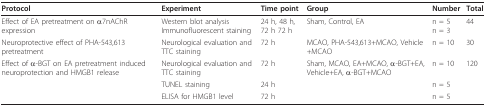
| Protocol | Experiment | Time point | Group | Number | Total |
 | --- | --- | --- | --- | --- | --- |
 | Effect of EA pretreatment on α7nAChR expression | Western blot analysis Immunofluorescent staining | 24 h, 48 h, 72 h 72 h | Sham, Control, EA | n = 5n = 3 | 44 |
 | Neuroprotective effect of PHA-543,613 pretreatment | Neurological evaluation and TTC staining | 72 h | MCAO, PHA-543,613+MCAO, Vehicle+MCAO | n = 10 | 30 |
 | Effect of α-BGT on EA pretreatment induced neuroprotection and HMGB1 release | Neurological evaluation and TTC staining | 72 h | Sham, MCAO, EA+MCAO, α-BGT+EA, Vehicle+EA, α-BGT+MCAO | n = 10 | 120 |
 |  | TUNEL staining | 24 h |  | n = 5 |  |
 |  | ELISA for HMGB1 level | 72 h |  | n = 5 |  |